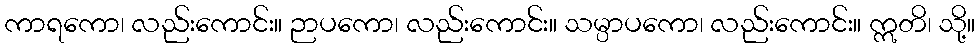
ကာရကော၊ လည်းကောင်း။ ဉာပကော၊ လည်းကောင်း။ သမ္ပာပကော၊ လည်းကောင်း။ ဣတိ၊ သို့။